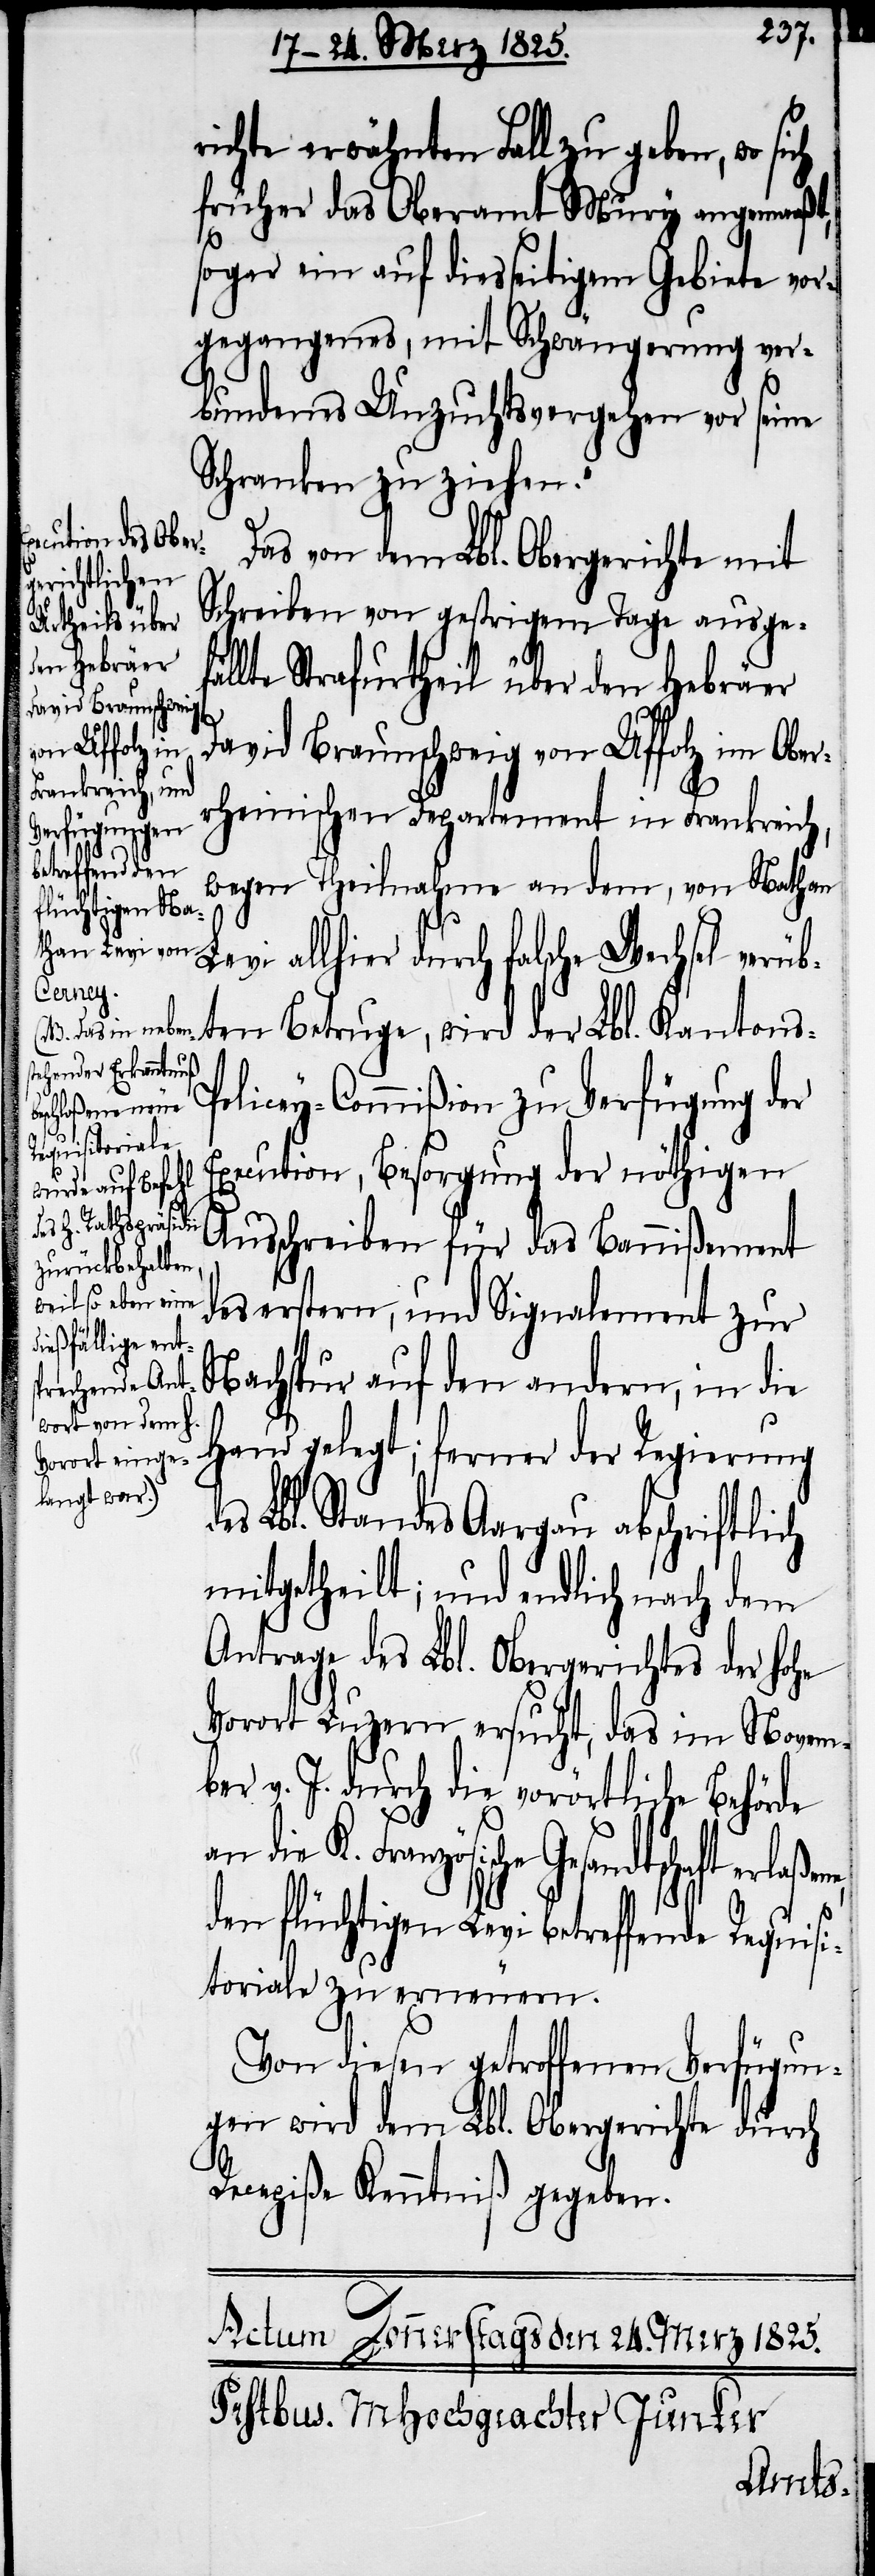
richte erwähnten Fall zu geben, wo
früher das Oberamt Mury angemaaßt,
sogar ein auf diesseitigem Gebiete vor¬
gegangenes, mit Schwängerung ver¬
bundenes Unzuchtsvergehen vor seine
Schranken zu ziehen.“
Das von dem Lbl. Obergerichte mit
Schreiben von gestrigem Tage ausgef¬
ällte Strafurtheil über den Hebräer
David Braunschweig von Uffolz im Ober¬
rheinischen Departement in Frankreich,
wegen Theilnahme an dem, von Nathan
Levi allhier durch falsche Wechsel verüb¬
ten Betruge, wird der Lbl. Kantons-P¬
olicey-Commißion zu Verfügung der
Execution, Besorgung der nöthigen
Ausschreiben für das Bannißement
des erstern, und Signalement zur
Nachspur auf den andern, in die
Hand gelegt; ferner der Regierung
Lbl. Standes Aargau abschriftlich
mitgetheilt; und endlich nach dem
Antrage des Lbl. Obergerichtes der hohe
Vorort Luzern ersucht, das im Novem¬
ber v. J. durch die vorörtliche Behörde
die K. Französische Gesandtschaft
den flüchtigen Levi betreffende Requisi¬
toriale zu erneuern.
Von diesen getroffenen Verfügun¬
gen wird dem Lbl. Obergerichte durch
Recepiße Kenntniß gegeben.